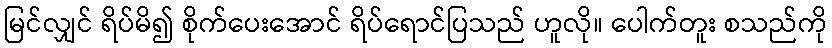
မြင်လျှင် ရိပ်မိ၍ စိုက်ပေးအောင် ရိပ်ရောင်ပြသည် ဟူလို။ ပေါက်တူး စသည်ကို